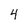
Character: 4